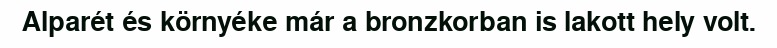
Alparét és környéke már a bronzkorban is lakott hely volt.